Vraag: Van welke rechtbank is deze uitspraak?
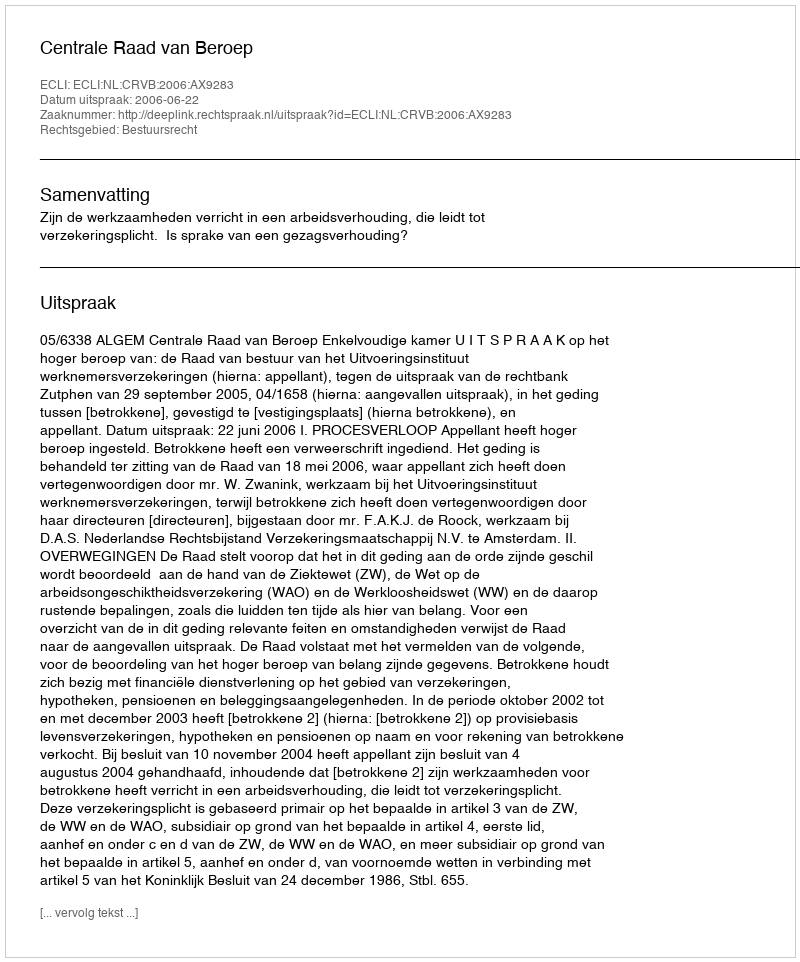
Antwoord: Centrale Raad van Beroep